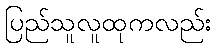
ပြည်သူလူထုကလည်း